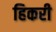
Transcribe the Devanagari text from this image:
हिकरी